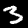
Digit: 3